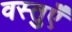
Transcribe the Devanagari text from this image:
वस्तुऍँ